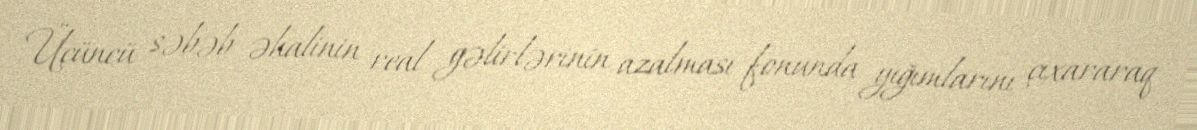
Üçüncü səbəb əhalinin real gəlirlərinin azalması fonunda yığımlarını çıxararaq